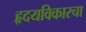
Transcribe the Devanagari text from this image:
हृदयविकारचा